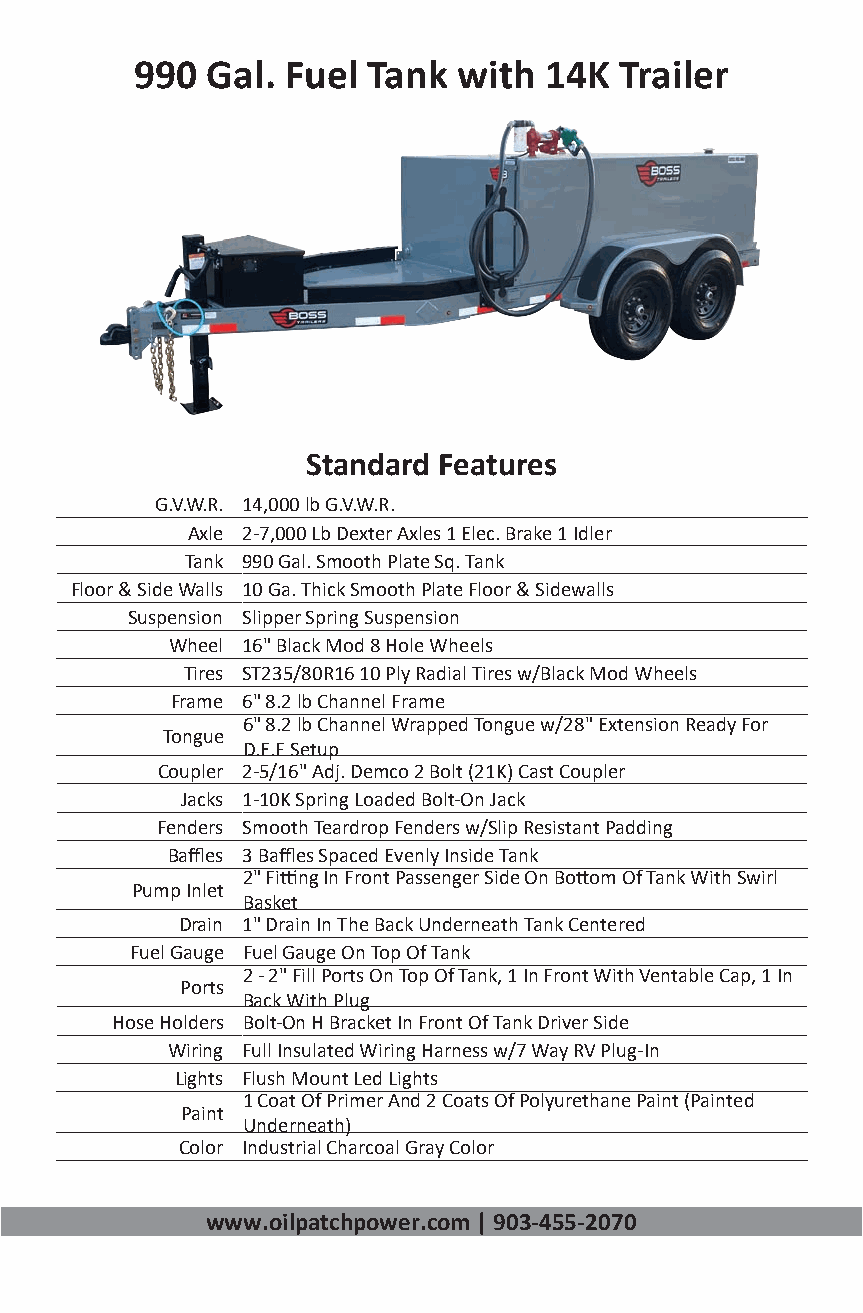
990  Gal. Fuel Tank  with  14K  Trailer
 Standard Features
 G.V.W.R. 14,000 lb G.V.W.R.
 Axle 2-7,000 Lb Dexter Axles 1 Elec. Brake 1 Idler
 Tank 990 Gal. Smooth Plate Sq. Tank
 Floor & Side Walls 10 Ga. Thick Smooth Plate Floor & Sidewalls
 Suspension Slipper Spring Suspension
 Wheel 16" Black Mod 8 Hole Wheels
 Tires ST235/80R16 10 Ply Radial Tires w/Black Mod Wheels
 Frame 6" 8.2 lb Channel Frame
 6" 8.2 lb Channel Wrapped Tongue w/28" Extension Ready For
 Tongue
 D.E.F Setup
 Coupler 2-5/16" Adj. Demco 2 Bolt (21K) Cast Coupler
 Jacks 1-10K Spring Loaded Bolt-On Jack
 Fenders Smooth Teardrop Fenders w/Slip Resistant Padding
 Baffles 3 Baffles Spaced Evenly Inside Tank
 2" Fitting In Front Passenger Side On Bottom Of Tank With Swirl
 Pump Inlet
 Basket
 Drain 1" Drain In The Back Underneath Tank Centered
 Fuel Gauge Fuel Gauge On Top Of Tank
 2 - 2" Fill Ports On Top Of Tank, 1 In Front With Ventable Cap, 1 In
 Ports
 Back With Plug
 Hose Holders Bolt-On H Bracket In Front Of Tank Driver Side
 Wiring Full Insulated Wiring Harness w/7 Way RV Plug-In
 Lights Flush Mount Led Lights
 1 Coat Of Primer And 2 Coats Of Polyurethane Paint (Painted
 Paint
 Underneath)
 Color Industrial Charcoal Gray Color
 www.oilpatchpower.com | 903-455-2070